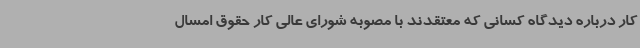
کار درباره دیدگاه کسانی که معتقدند با مصوبه شورای عالی کار حقوق امسال